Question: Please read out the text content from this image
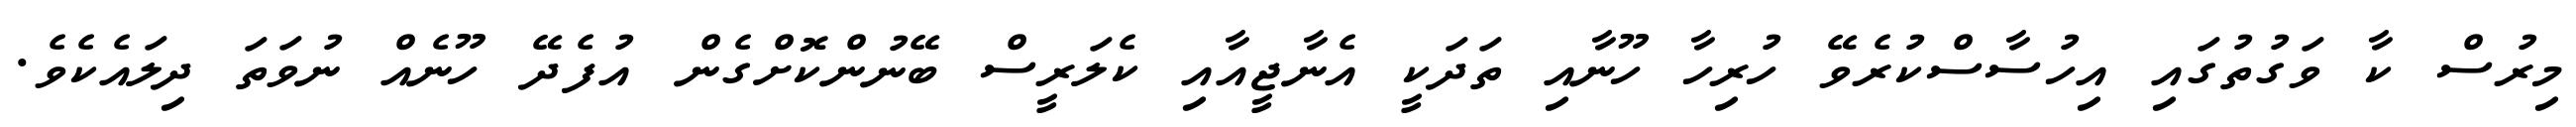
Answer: މިރުސް ކާ ވަގުތުގައި އިހުސާސްކުރެވޭ ހުރިހާ ހޫނާއި ތަދަކީ އެނާޖީއާއި ކެލަރީސް ބޭނުންކޮށްގެން އުފެދޭ ހޫނެއް ނުވަތަ ދިލައެކެވެ.